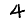
Digit: 4